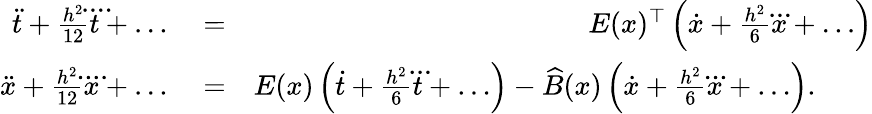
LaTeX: \begin{array}{rlr}{\ddot{t}+\frac{h^{2}}{12}\ddddot t+\ldots}&{{}=}&{E(x)^{\top}\, \Bigl(\dot{x}+\frac{h^{2}}6\dddot x+\ldots\Bigr)}\\ {\ddot{x}+\frac{h^{2}}{12}\ddddot x+\ldots}&{{}=}&{E(x)\, \Bigl(\dot{t}+\frac{h^{2}}6\dddot t+\ldots\Bigr)-\widehat B(x)\, \Bigl(\dot{x}+\frac{h^{2}}6\dddot x+\ldots\Bigr).\qquad}\end{array}